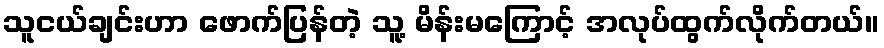
သူငယ်ချင်းဟာ ဖောက်ပြန်တဲ့ သူ့ မိန်းမကြောင့် အလုပ်ထွက်လိုက်တယ်။